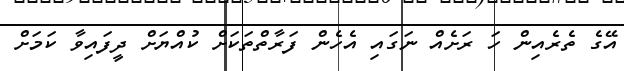
އޭގެ ތެރެއިން ހަ ރަށެއް ނަގައި އެހެން ފަރާތްތަކަށް ކުއްޔަށް ދީފައިވާ ކަމަށް